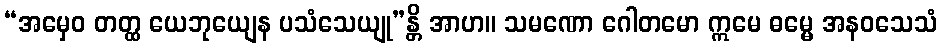
“အမှေဝ တတ္ထ ယေဘုယျေန ပသံသေယျု”န္တိ အာဟ။ သမဏော ဂေါတမော ဣမေ ဓမ္မေ အနဝသေသံ